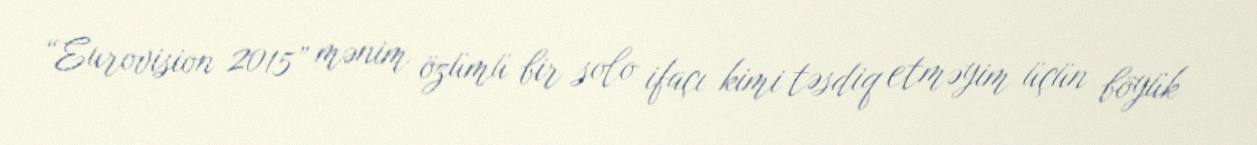
“Eurovision 2015” mənim özümü bir solo ifaçı kimi təsdiq etməyim üçün böyük